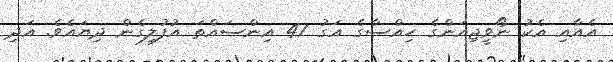
އެއާއި އެކު ނޯވީޖިއަންގެ ހިއްސާގެ އަގު 47 އިންސައްތަ އުފުލިގެން ދިޔައެވެ. އަދި